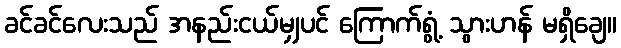
ခင်ခင်လေးသည် အနည်းငယ်မျှပင် ကြောက်ရွံ့ သွားဟန် မရှိချေ။